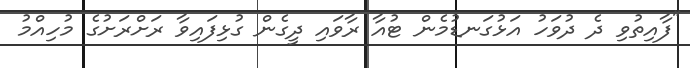
"ފާއިތުވި ދެ ދުވަހު އަޅުގަނޑުމެން ޓުއާ ރާވައި ދީގެން ގުޅިފައިވާ ރަށްރަށުގެ މުހިއްމު